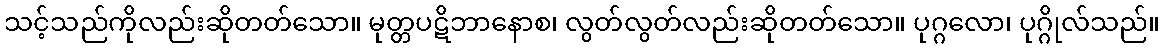
သင့်သည်ကိုလည်းဆိုတတ်သော။ မုတ္တပဋိဘာနောစ၊ လွတ်လွတ်လည်းဆိုတတ်သော။ ပုဂ္ဂလော၊ ပုဂ္ဂိုလ်သည်။